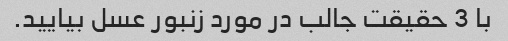
با 3 حقیقت جالب در مورد زنبور عسل بیایید.